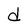
Character: d